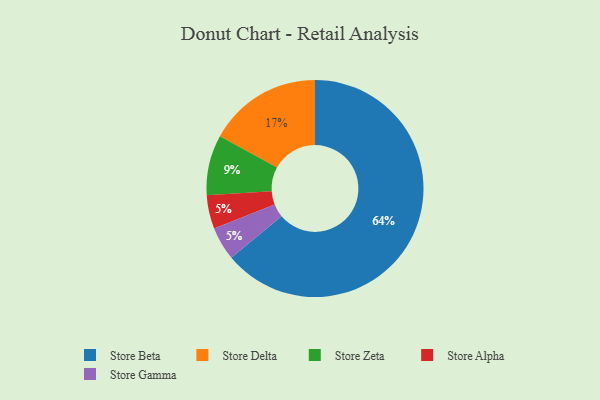
{"axis": {"x": "Category", "y": "Percentage"}, "legend": ["Store Alpha", "Store Beta", "Store Delta", "Store Gamma", "Store Zeta"], "data": [{"x": "Store Delta", "y": 17, "type": "Store Delta"}, {"x": "Store Alpha", "y": 5, "type": "Store Alpha"}, {"x": "Store Zeta", "y": 9, "type": "Store Zeta"}, {"x": "Store Beta", "y": 64, "type": "Store Beta"}, {"x": "Store Gamma", "y": 5, "type": "Store Gamma"}]}